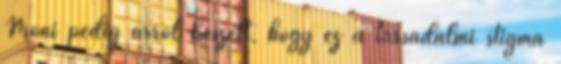
Móni pedig arról beszélt, hogy ez a társadalmi stigma